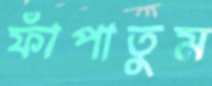
ফাঁপাতুম